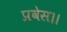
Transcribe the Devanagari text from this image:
प्रवेस।।